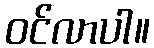
ဝင်လာပါ။